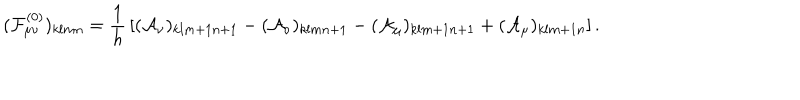
( { \cal F } _ { \mu \nu } ^ { ( 0 ) } ) _ { k l m n } = { \frac { 1 } { h } } \left[ ( { \cal A } _ { \nu } ) _ { k l m + 1 n + 1 } - ( { \cal A } _ { \nu } ) _ { k l m n + 1 } - ( { \cal A } _ { \mu } ) _ { k l m + 1 n + 1 } + ( { \cal A } _ { \mu } ) _ { k l m + 1 n } \right] .